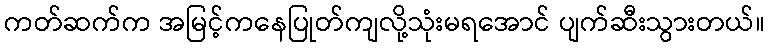
ကတ်ဆက်က အမြင့်ကနေပြုတ်ကျလို့သုံးမရအောင် ပျက်ဆီးသွားတယ်။